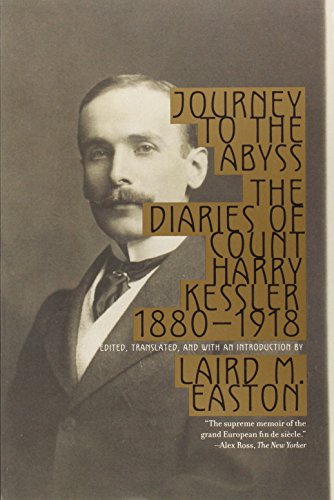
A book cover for Journey to the Abyss; Harry Kessler; Gay & Lesbian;